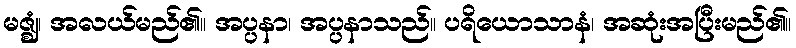
မဇ္ဈံ၊ အလယ်မည်၏။ အပ္ပနာ၊ အပ္ပနာသည်။ ပရိယောသာနံ၊ အဆုံးအပြီးမည်၏။